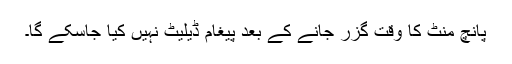
پانچ منٹ کا وقت گزر جانے کے بعد پیغام ڈیلیٹ نہیں کیا جاسکے گا۔